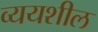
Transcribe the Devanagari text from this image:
व्ययशील